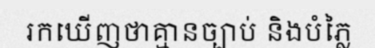
រកឃើញថាគ្មានច្បាប់ និងបំភ្លៃ